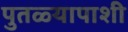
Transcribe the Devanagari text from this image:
पुतळ्यापाशी